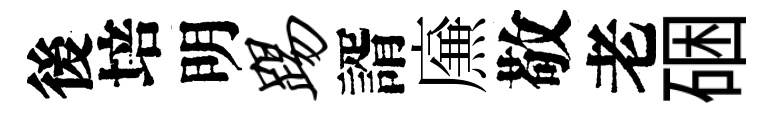
後培明踢諝㢘敬老硱